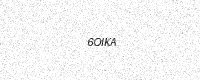
Text: 6OIKA